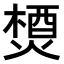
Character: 𤍕